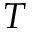
T